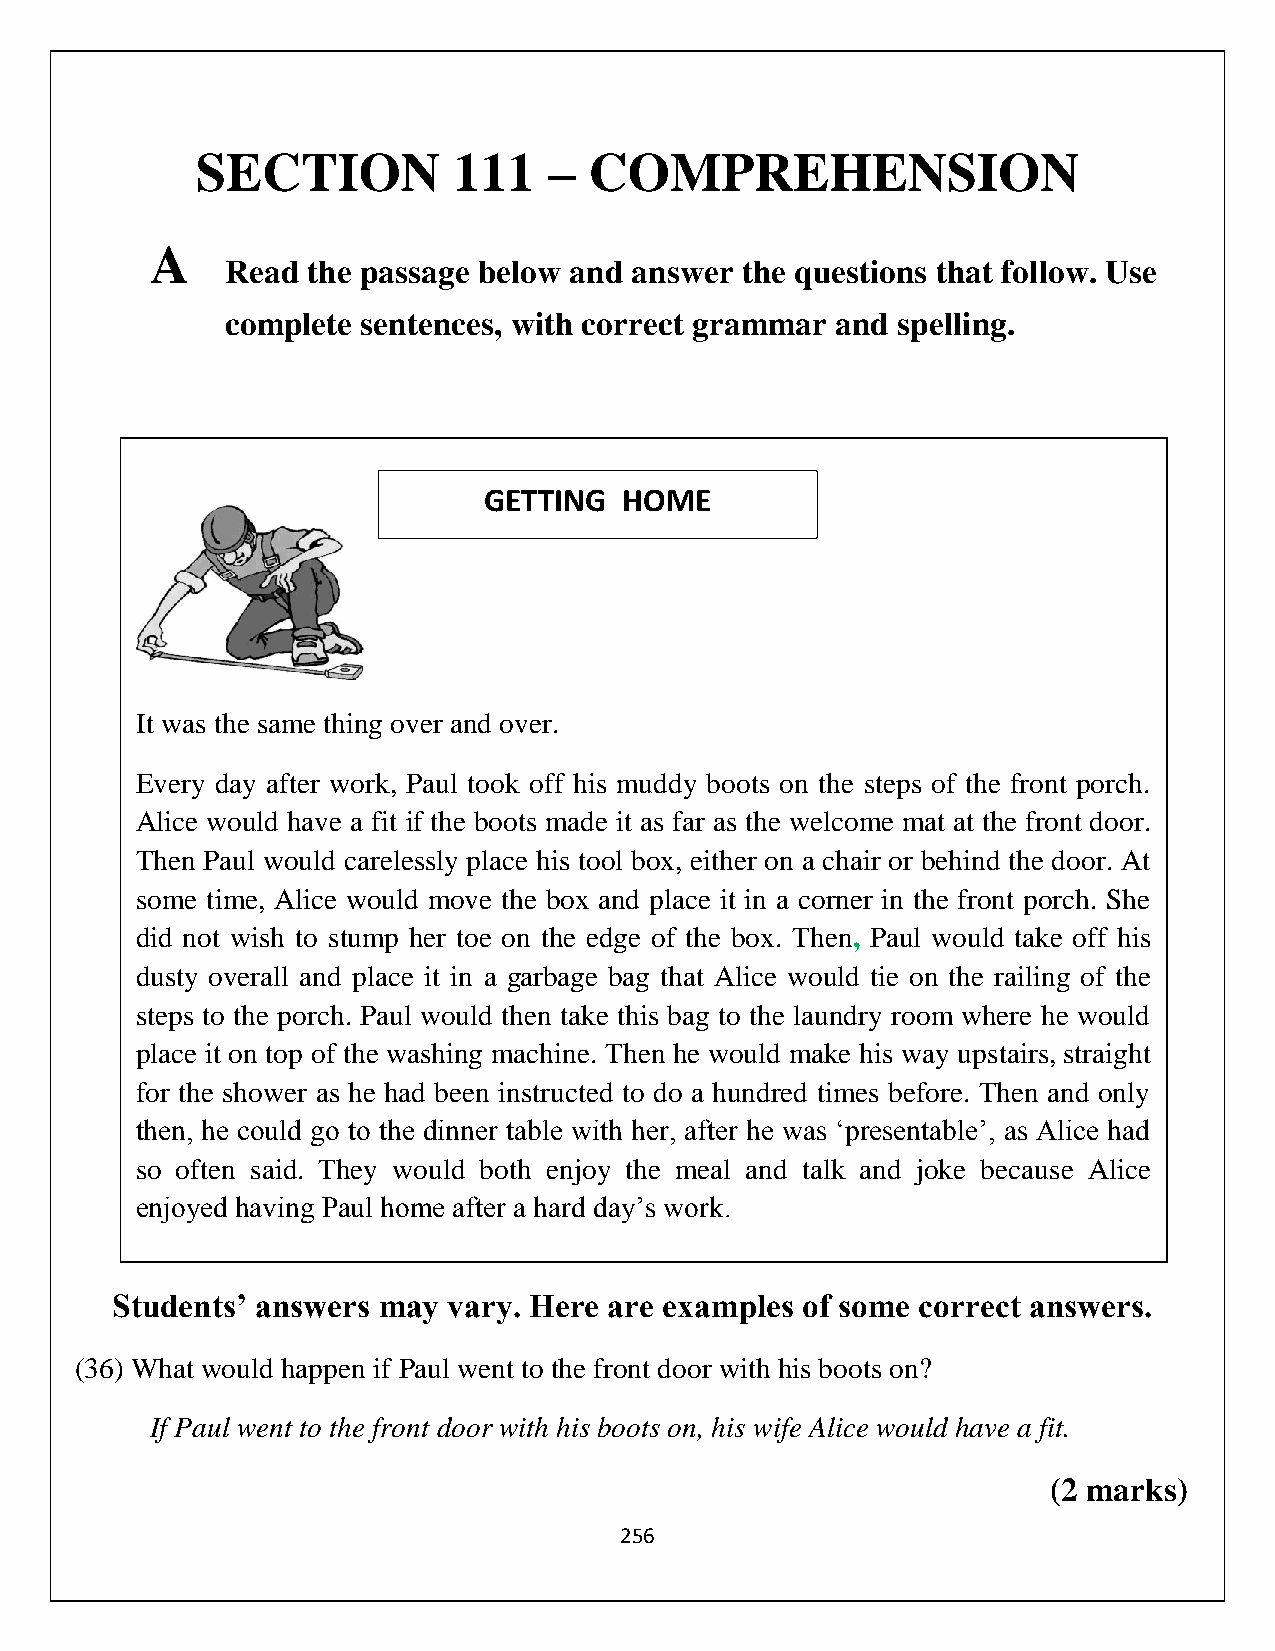
SECTION          111   –  COMPREHENSION
 A
 Read the passage below and answer the questions that follow. Use
 complete sentences, with correct grammar and spelling.
 GETTING  HOME
 It was the same thing over and over.
 Every day after work, Paul took off his muddy boots on the steps of the front porch.
 Alice would have a fit if the boots made it as far as the welcome mat at the front door.
 Then Paul would carelessly place his tool box, either on a chair or behind the door. At
 some time, Alice would move the box and place it in a corner in the front porch. She
 did not wish to stump her toe on the edge of the box. Then, Paul would take off his
 dusty overall and place it in a garbage bag that Alice would tie on the railing of the
 steps to the porch. Paul would then take this bag to the laundry room where he would
 place it on top of the washing machine. Then he would make his way upstairs, straight
 for the shower as he had been instructed to do a hundred times before. Then and only
 then, he could go to the dinner table with her, after he was ‘presentable’, as Alice had
 so often said. They would both enjoy the meal and talk and joke because Alice
 enjoyed having Paul home after a hard day’s work.
 Students’ answers may  vary. Here are examples of some correct answers.
 (36) What would happen if Paul went to the front door with his boots on?
 If Paul went to the front door with his boots on, his wife Alice would have a fit.
 (2 marks)
 256